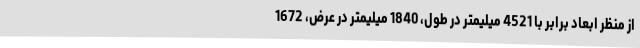
از منظر ابعاد برابر با 4521 میلیمتر در طول، 1840 میلیمتر در عرض، 1672